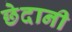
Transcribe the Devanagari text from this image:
छेदानी